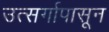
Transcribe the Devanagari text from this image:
उत्सर्गापासून